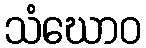
သံဃောဝ